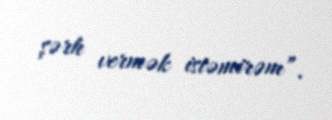
şərh vermək istəmirəm”.